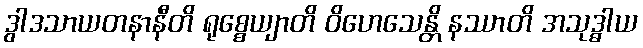
ဒွါဒသာယတနာနီတိ ရုစ္စေယျာတိ ဝိဟေသေန္တိ နဿာတိ အသုဒ္ဓါယ